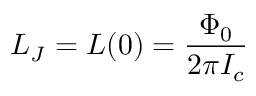
L _ { J } = L ( 0 ) = { \frac { \Phi _ { 0 } } { 2 \pi I _ { c } } }